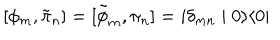
LaTeX: [ \phi _ { m } , \tilde { \pi } _ { n } ] = [ \tilde { \phi } _ { m } , \pi _ { n } ] = i \delta _ { m n } \mid 0 \rangle \langle 0 \mid